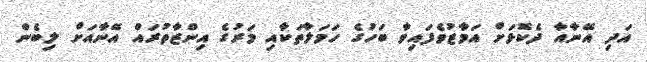
އަދި އޭނާއާ ދެކޮޅަށް އަމާޒުވެފައިވާ ބަހުގެ ހަމަލާތަކާއި މަރުގެ އިންޒާތުރައް އޭނާއަށް ލިބެން